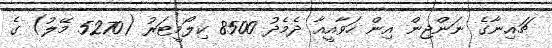
ޗައިނާގެ ނަންޖިން އިން ހަވާއީއާ ދެމެދު 8500 ކިލޯމީޓަރު (5270 މޭލު) ގެ